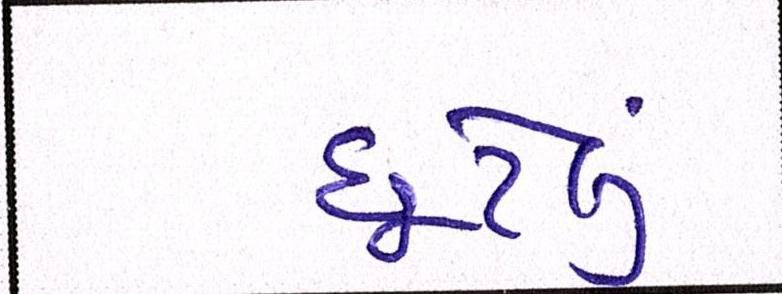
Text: છૂટેલું